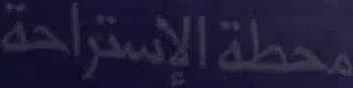
محمّلة الإستراحة